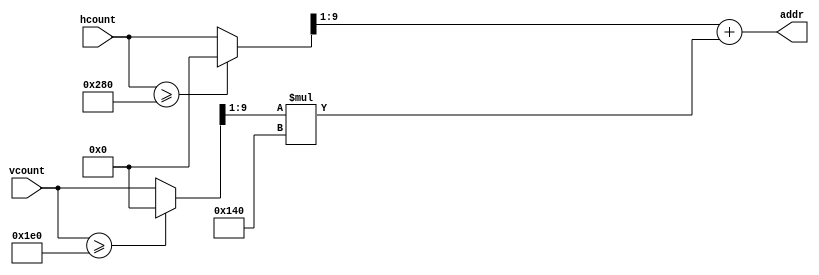
`timescale 1ns / 1ps
//////////////////////////////////////////////////////////////////////////////////
// Company: 
// Engineer: 
// 
// Design Name: 
// Module Name:    image_addr_gen 
// Project Name: 
// Target Devices: 
// Tool versions: 
// Description: 
//
// Dependencies: 
//
// Revision: 
// Revision 0.01 - File Created
// Additional Comments: 
//
//////////////////////////////////////////////////////////////////////////////////
module image_addr_gen(
	input wire [9:0] hcount,
	input wire [9:0] vcount,
	output wire [18:0] addr
    );
	//currently for half resolution
	parameter div_by = 1;
	
	wire [9:0] hcount_trun;
	wire [9:0] vcount_trun;
	reg [9:0] hnumb = 640;
	
	assign hcount_trun = (hcount>=640) ? 0 : hcount;
	assign vcount_trun = (vcount>=480) ? 0 : vcount;
	
	assign addr = hcount_trun[9:div_by] + vcount_trun[9:div_by] * hnumb[9:div_by];

endmodule